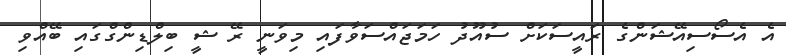
އެ އެސޯސިއޭޝަންގެ ރައީސަކަށް ސުއޫދު ހަމަޖައްސަވާފައި މިވަނީ ރޭ ޝީ ބިލްޑިންގްގައި ބޭއްވި